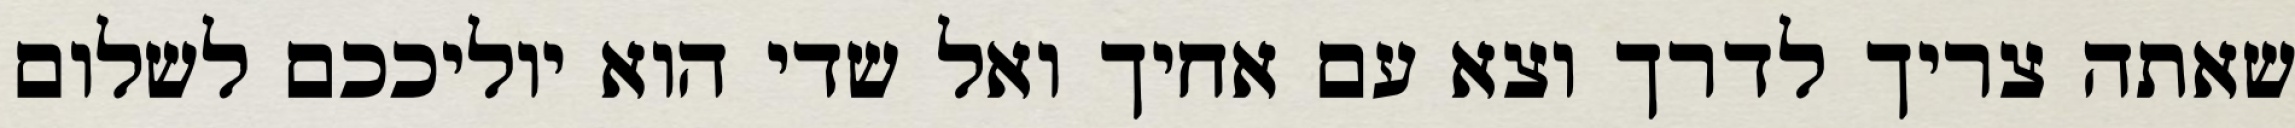
שאתה צריך לדרך וצא עם אחיך ואל שדי הוא יוליככם לשלום